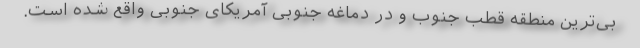
بی‌ترین منطقه قطب جنوب و در دماغه جنوبی آمریکای جنوبی واقع شده است.